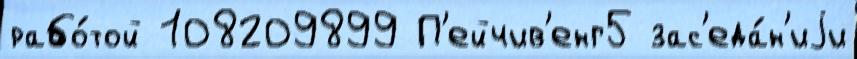
рабо́той 108209899 П'ейчив'енг5 зас'еда́н'иjи